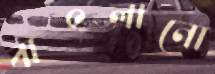
বাৎলানো